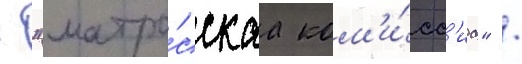
- "матро́сскаа ком'и́сс'иа" /